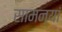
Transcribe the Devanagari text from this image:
सामन्यां